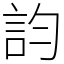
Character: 𧥺